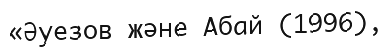
«Әуезов және Абай (1996),